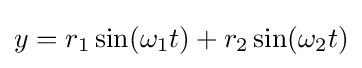
y=r_{1}\sin(\omega _{1}t)+r_{2}\sin(\omega _{2}t)